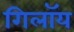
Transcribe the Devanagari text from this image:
गिलॉय